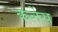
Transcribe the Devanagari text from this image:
कर्लेस